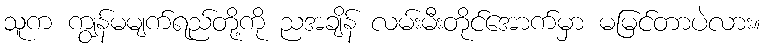
သူက ကျွန်မမျက်ရည်တို့ကို ညအချိန် လမ်းမီးတိုင်အောက်မှာ မမြင်တာပဲလား။